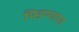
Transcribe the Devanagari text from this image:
भिडण्याचा